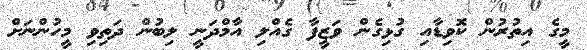
މީގެ އިތުރުން ކޮވިޑާއި ގުޅިގެން ވަޒީފާ ގެއްލި އާމްދަނީ ލިބުން ދަތިވި މީހުންނަށް